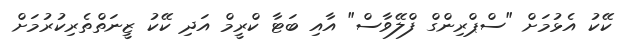
ކޭކު އެޅުމަށް "ސްޕްރިންގް ފްލޭވާސް" އާއި ބަޓާ ކްރީމް އަދި ކޭކު ޒީނަތްތެރިކުރުމަށް